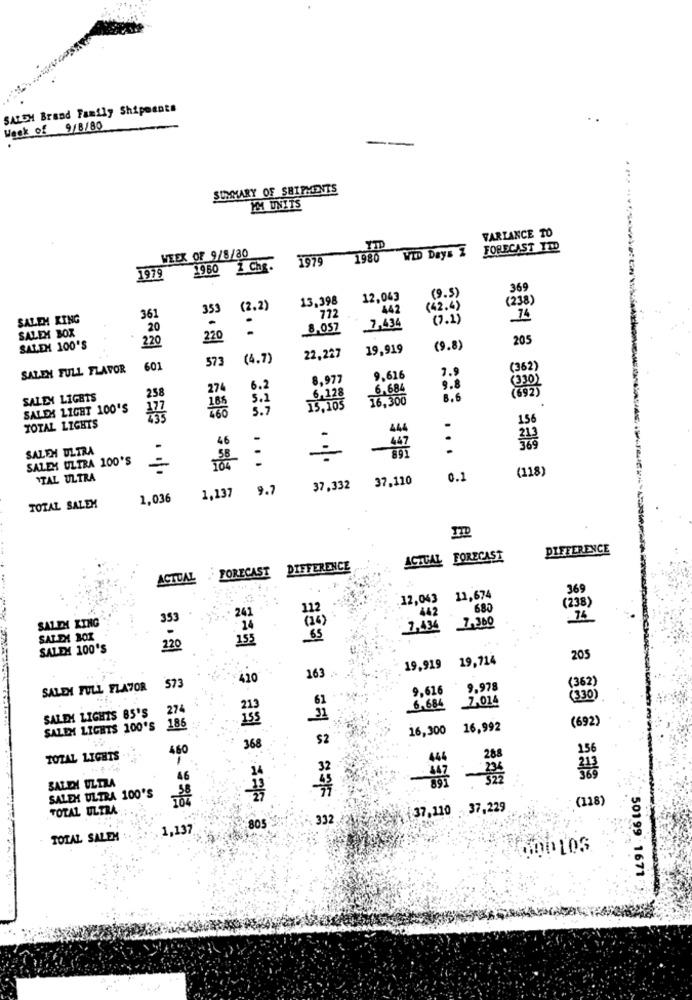
SALEH Brand Family Shipments
Week of 9/8/80
SUMMARY OF SHIPMENTS
MM UNITS
VARIANCE TO
WID Days 2
FORECAST TID
WEEK OF 9/8/80
1979 1980
1960 2 Che.
1979
369
13,398
12,043
(9.5)
(238)
353
(2.2)
442
(42.4)
SALEM KING
361
-
772
(7.2)
20
8,057
7,434
SALEM BOX
220
220
SALEM 100'S
22,227
19,919
(9.8)
205
573
(4.7)
SALEH FULL FLAVOR
601
3.9
(362)
8,977
9.616
274
6.2
6.128
6,684
9.8
(330)
SALEM LIGHTS
258
5.1
16,300
8.6
1692)
SALEX LIGHT 100'S
177
5.7
15,105
TOTAL LIGHTS
444
46
447
SALEH ULTRA
..
...
SALEM ULTRA 100'S
=
...
(118)
TTAL ULTRA
37,110
0.1
9.7
37,332
1.036
1,137
TOTAL SALEX
ITD
DIFFERENCE
ACTUAL FORECAST
FORECAST DIFFERENCE
ACTUAL
369
12,043 11,674
(238)
680
353
241
442
SALIH KING
14
1,4%
7-300
SALEM BOX
155
SALEM 100'S
19,919 19,714
20
410
163 .-
(362)
SALEN FULL FLAVOR
573
9.626
9,978
2,014
(330)
SALEM LIGHTS 85'S
274
213
6.684
155
(692)
SALEM LIGHTS 100'S
186
16,300 16,992
$2
460
368
156
TOTAL LIGHTS
444
288
SALEM ULTRA
46
SALEM ULTRA 100'S
(118)
TOTAL ULTRA :
HESK 37,110 -37,229
~. 332
. 1,137
805
TOTAL SALEM :
50199 1671